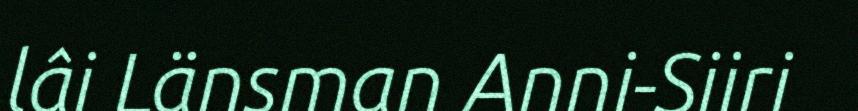
lâi Länsman Anni-Siiri